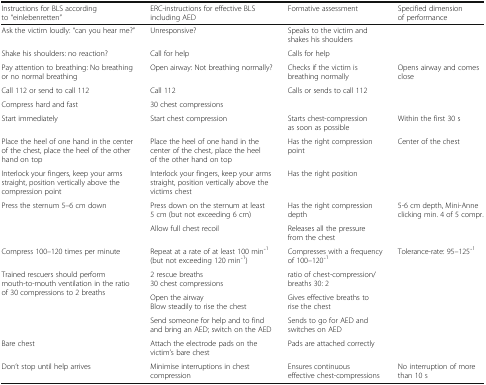
| Instructions for BLS according to “einlebenretten” | ERC-instructions for effective BLS including AED | Formative assessment | Specified dimension of performance |
 | --- | --- | --- | --- |
 | Ask the victim loudly: “can you hear me?” | Unresponsive? | Speaks to the victim and shakes his shoulders |  |
 | Shake his shoulders: no reaction? | Call for help | Calls for help |  |
 | Pay attention to breathing: No breathing or no normal breathing | Open airway: Not breathing normally? | Checks if the victim is breathing normally | Opens airway and comes close |
 | Call 112 or send to call 112 | Call 112 | Calls or sends to call 112 |  |
 | Compress hard and fast | 30 chest compressions |  |  |
 | Start immediately | Start chest compression | Starts chest-compression as soon as possible | Within the first 30 s |
 | Place the heel of one hand in the center of the chest, place the heel of the other hand on top | Place the heel of one hand in the center of the chest, place the heel of the other hand on top | Has the right compression point | Center of the chest |
 | Interlock your fingers, keep your arms straight, position vertically above the compression point | Interlock your fingers, keep your arms straight, position vertically above the victims chest | Has the right position |  |
 | <ROWSPAN=2> Press the sternum 5–6 cm down | Press down on the sternum at least 5 cm (but not exceeding 6 cm) | Has the right compression depth | <ROWSPAN=2> 5-6 cm depth, Mini-Anne clicking min. 4 of 5 compr. |
 | Allow full chest recoil | Releases all the pressure from the chest |
 | Compress 100–120 times per minute | Repeat at a rate of at least 100 min ̄1 (but not exceeding 120 min ̄1) | Compresses with a frequency of 100–120 ̄1 | Tolerance-rate: 95–125 ̄1 |
 | <ROWSPAN=3> Trained rescuers should perform mouth-to-mouth ventilation in the ratio of 30 compressions to 2 breaths | 2 rescue breaths 30 chest compressions | ratio of chest-compression/breaths 30: 2 | <ROWSPAN=3>  |
 | Open the airway Blow steadily to rise the chest | Gives effective breaths to rise the chest |
 | Send someone for help and to find and bring an AED; switch on the AED | Sends to go for AED and switches on AED |
 | Bare chest | Attach the electrode pads on the victim’s bare chest | Pads are attached correctly |  |
 | Don’t stop until help arrives | Minimise interruptions in chest compression | Ensures continuous effective chest-compressions | No interruption of more than 10 s |